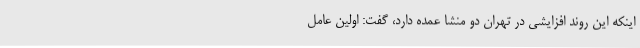
اینکه این روند افزایشی در تهران دو منشا عمده دارد، گفت: اولین عامل